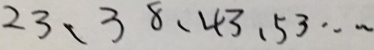
2 3 、 3 8 、 4 3 、 5 3 \cdots